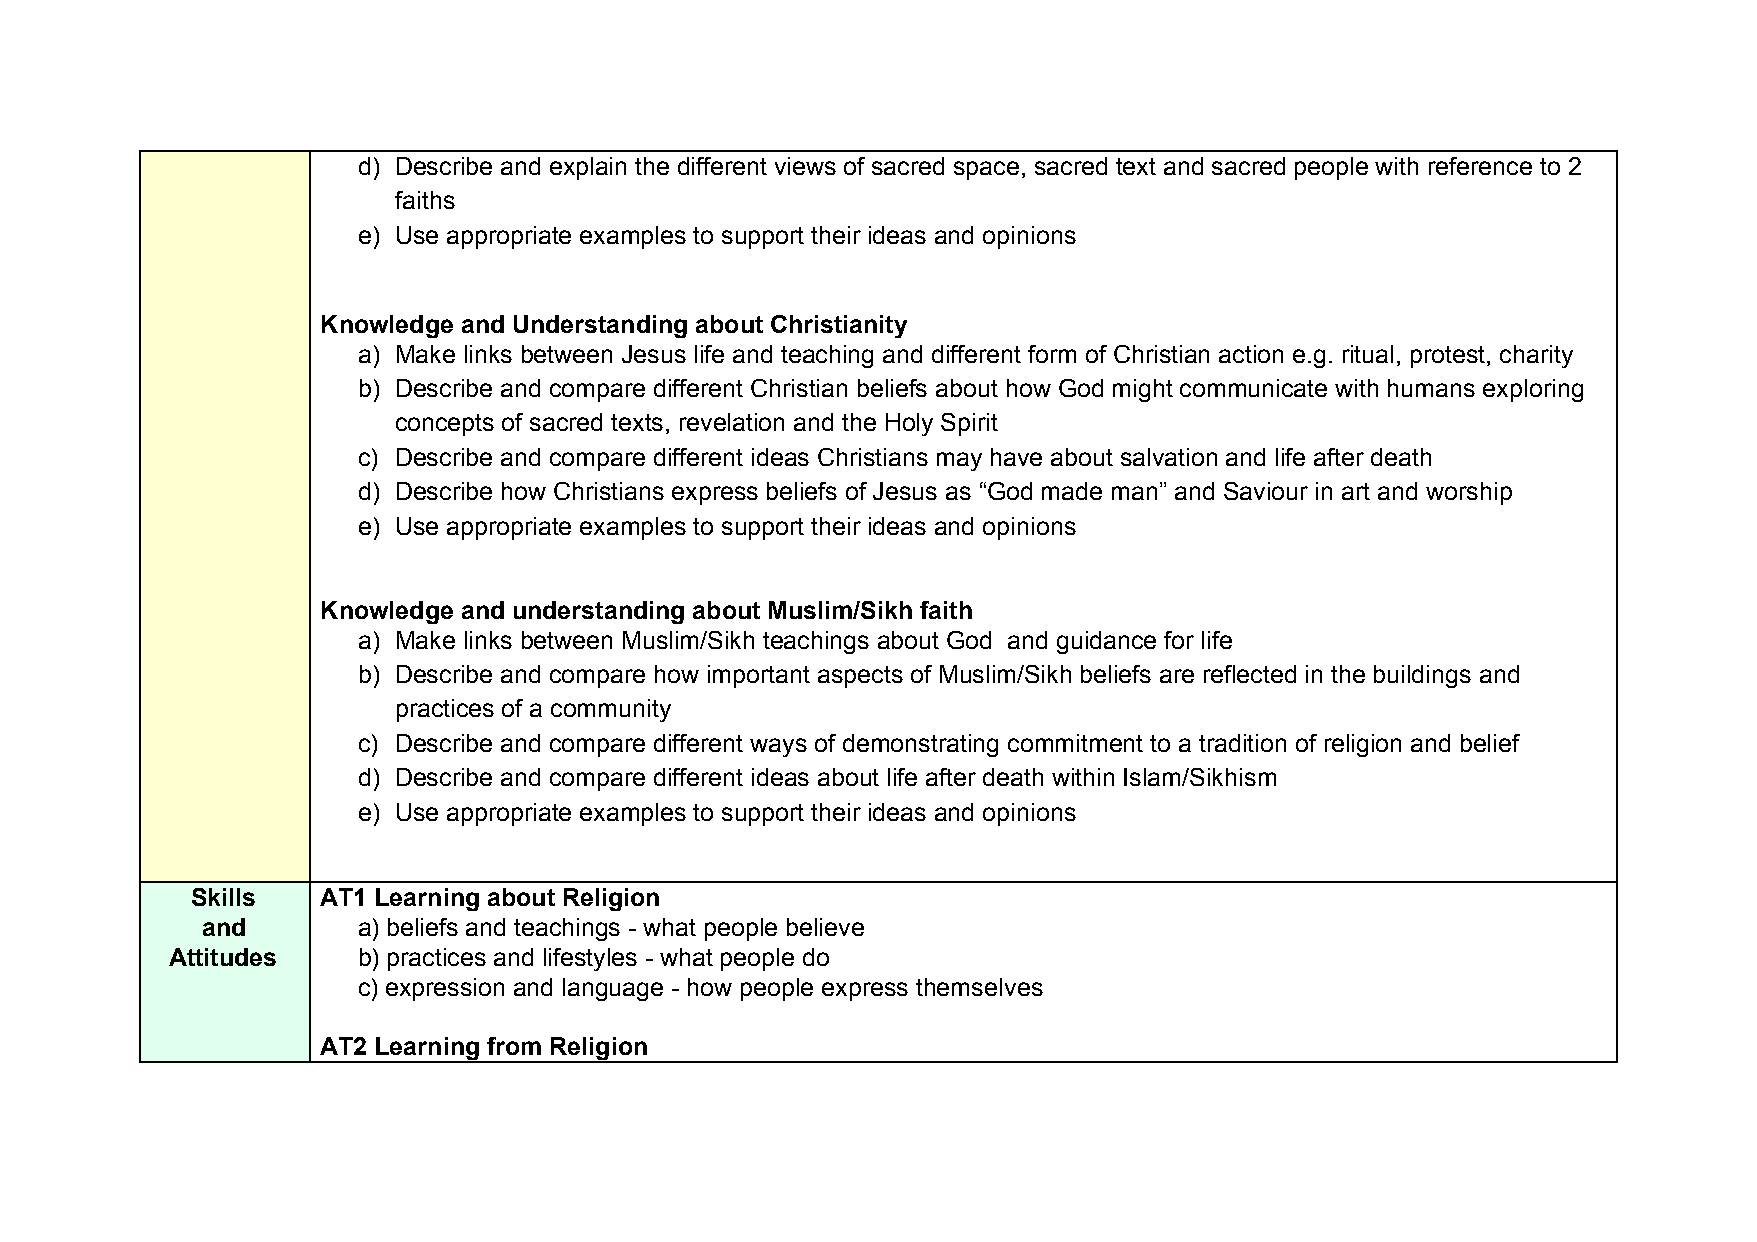
d) Describe and explain the different views of sacred space, sacred text and sacred people with reference to 2
 faiths
 e) Use appropriate examples to support their ideas and opinions
 Knowledge and Understanding about Christianity
 a) Make links between Jesus life and teaching and different form of Christian action e.g. ritual, protest, charity
 b) Describe and compare different Christian beliefs about how God might communicate with humans exploring
 concepts of sacred texts, revelation and the Holy Spirit
 c) Describe and compare different ideas Christians may have about salvation and life after death
 d) Describe how Christians express beliefs of Jesus as “God made man” and Saviour in art and worship
 e) Use appropriate examples to support their ideas and opinions
 Knowledge and understanding about Muslim/Sikh faith
 a) Make links between Muslim/Sikh teachings about God and guidance for life
 b) Describe and compare how important aspects of Muslim/Sikh beliefs are reflected in the buildings and
 practices of a community
 c) Describe and compare different ways of demonstrating commitment to a tradition of religion and belief
 d) Describe and compare different ideas about life after death within Islam/Sikhism
 e) Use appropriate examples to support their ideas and opinions
 Skills  AT1 Learning about Religion
 and        a) beliefs and teachings - what people believe
 Attitudes    b) practices and lifestyles - what people do
 c) expression and language - how people express themselves
 AT2 Learning from Religion